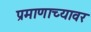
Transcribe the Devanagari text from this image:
प्रमाणाच्यावर